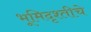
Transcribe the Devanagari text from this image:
भूमिदृश्तीचे